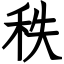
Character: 秩